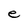
Character: e